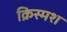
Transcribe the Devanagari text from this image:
क्रिस्मश